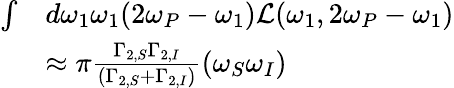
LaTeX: \begin{array}{rl}{\int}&{d\omega_{1}\omega_{1}(2\omega_{P}-\omega_{1})\mathcal{L}(\omega_{1},2\omega_{P}-\omega_{1})}\\ &{\approx\pi\frac{\Gamma_{2,S}\Gamma_{2,I}}{\left(\Gamma_{2,S}+\Gamma_{2,I}\right)}\left(\omega_{S}\omega_{I}\right)}\end{array}